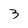
Character: 3